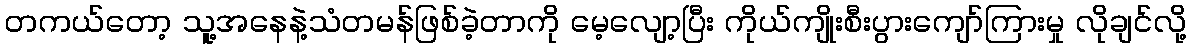
တကယ်တော့ သူ့အနေနဲ့သံတမန်ဖြစ်ခဲ့တာကို မေ့လျော့ပြီး ကိုယ်ကျိုးစီးပွားကျော်ကြားမှု လိုချင်လို့